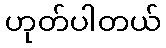
ဟုတ်ပါတယ်